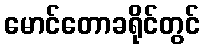
မောင်တောခရိုင်တွင်